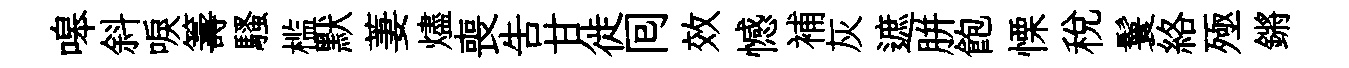
嗥斜唳籌騷槛默萋燼喪吿甘徙囘效憾補灰遮胼飽慄稅鬟絡殛鏘